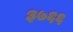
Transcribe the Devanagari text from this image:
३७६६